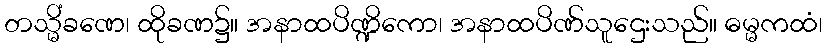
တသ္မိံခဏေ၊ ထိုခဏ၌။ အနာထပိဏ္ဍိကော၊ အနာထပိဏ်သူဌေးသည်။ ဓမ္မကထံ၊